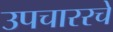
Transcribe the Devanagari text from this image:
उपचाररचे